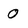
Character: 0